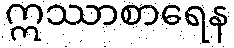
ဣဿာစာရေန